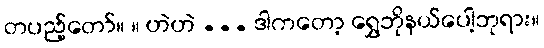
တပည့်တော်။ ။ ဟဲဟဲ ... ဒါကတော့ ရွှေဘိုနယ်ပေါ့ဘုရား။